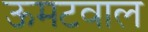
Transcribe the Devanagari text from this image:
ऊमटवाल